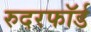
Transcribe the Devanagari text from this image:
रुदरफॉर्ड